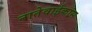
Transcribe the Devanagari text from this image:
नातेवाईकांस